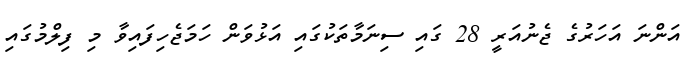
އަންނަ އަހަރުގެ ޖެނުއަރީ 28 ގައި ސިނަމާތަކުގައި އަޅުވަން ހަމަޖެހިފައިވާ މި ފިލްމުގައި